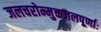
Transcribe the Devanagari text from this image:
जलचरोन्मुक्तजलपूर्णाः